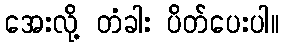
အေးလို့ တံခါး ပိတ်ပေးပါ။